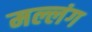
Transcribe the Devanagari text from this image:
मल्लंग